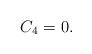
LaTeX: \begin{align*}C_4 = 0.\end{align*}